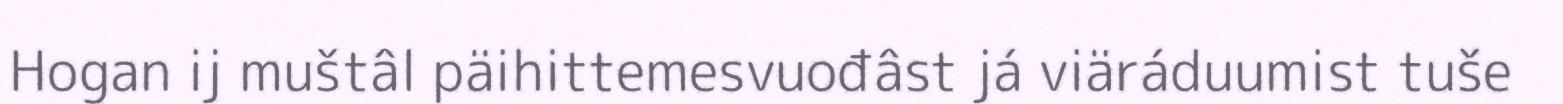
Hogan ij muštâl päihittemesvuođâst já viäráduumist tuše